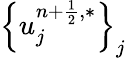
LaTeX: \left\{ u_{j}^{n+\frac{1}{2},\ast}\right\} _{j}